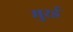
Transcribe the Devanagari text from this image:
मुरई